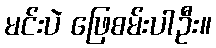
မင်းပဲ ဖြေစမ်းပါဦး။